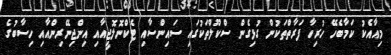
މިއާއެކު ކަމާބެހޭ ހުރިހާ ފަރާތްތަކުން ގުޅިގެން ސްކޫލްތަކުގައި ސައިންސާއި ޓެކްނޮލޮޖީއާއި އިންޖިނޭރިންއާއި ހިސާބުގެ